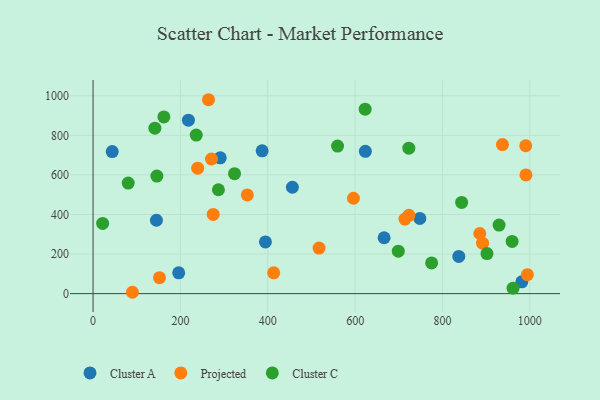
{"axis": {"x": "Ad Spend", "y": "Demand"}, "legend": ["Cluster A", "Cluster C", "Projected"], "data": [{"x": "623.4", "y": 719.3, "type": "Cluster A"}, {"x": "145.1", "y": 370.7, "type": "Cluster A"}, {"x": "837.3", "y": 187.9, "type": "Cluster A"}, {"x": "196.1", "y": 105.1, "type": "Cluster A"}, {"x": "456.3", "y": 537.5, "type": "Cluster A"}, {"x": "387.1", "y": 721.4, "type": "Cluster A"}, {"x": "666.3", "y": 282.4, "type": "Cluster A"}, {"x": "43.9", "y": 717.6, "type": "Cluster A"}, {"x": "981.6", "y": 59.5, "type": "Cluster A"}, {"x": "748.1", "y": 380.1, "type": "Cluster A"}, {"x": "291.1", "y": 686.0, "type": "Cluster A"}, {"x": "394.6", "y": 261.2, "type": "Cluster A"}, {"x": "218.3", "y": 876.7, "type": "Cluster A"}, {"x": "275.1", "y": 400.5, "type": "Projected"}, {"x": "517.4", "y": 230.3, "type": "Projected"}, {"x": "937.3", "y": 753.0, "type": "Projected"}, {"x": "152.1", "y": 80.9, "type": "Projected"}, {"x": "990.6", "y": 747.3, "type": "Projected"}, {"x": "90.1", "y": 6.9, "type": "Projected"}, {"x": "991.0", "y": 599.6, "type": "Projected"}, {"x": "885.3", "y": 303.8, "type": "Projected"}, {"x": "413.5", "y": 105.2, "type": "Projected"}, {"x": "714.0", "y": 376.8, "type": "Projected"}, {"x": "596.1", "y": 482.0, "type": "Projected"}, {"x": "353.1", "y": 498.8, "type": "Projected"}, {"x": "264.3", "y": 979.8, "type": "Projected"}, {"x": "994.3", "y": 95.6, "type": "Projected"}, {"x": "723.1", "y": 395.8, "type": "Projected"}, {"x": "239.5", "y": 634.0, "type": "Projected"}, {"x": "271.1", "y": 680.2, "type": "Projected"}, {"x": "891.7", "y": 255.0, "type": "Projected"}, {"x": "929.5", "y": 346.2, "type": "Cluster C"}, {"x": "162.1", "y": 893.1, "type": "Cluster C"}, {"x": "141.5", "y": 836.1, "type": "Cluster C"}, {"x": "722.9", "y": 734.8, "type": "Cluster C"}, {"x": "775.1", "y": 155.2, "type": "Cluster C"}, {"x": "959.4", "y": 263.8, "type": "Cluster C"}, {"x": "559.7", "y": 745.6, "type": "Cluster C"}, {"x": "901.8", "y": 202.5, "type": "Cluster C"}, {"x": "287.0", "y": 525.0, "type": "Cluster C"}, {"x": "843.8", "y": 461.0, "type": "Cluster C"}, {"x": "698.8", "y": 214.4, "type": "Cluster C"}, {"x": "622.9", "y": 931.9, "type": "Cluster C"}, {"x": "961.5", "y": 27.5, "type": "Cluster C"}, {"x": "323.9", "y": 606.2, "type": "Cluster C"}, {"x": "236.2", "y": 801.4, "type": "Cluster C"}, {"x": "80.5", "y": 558.8, "type": "Cluster C"}, {"x": "146.1", "y": 593.9, "type": "Cluster C"}, {"x": "21.9", "y": 354.9, "type": "Cluster C"}]}